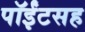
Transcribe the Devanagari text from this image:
पॉईंटसह